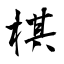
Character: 棋